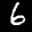
Label: 6